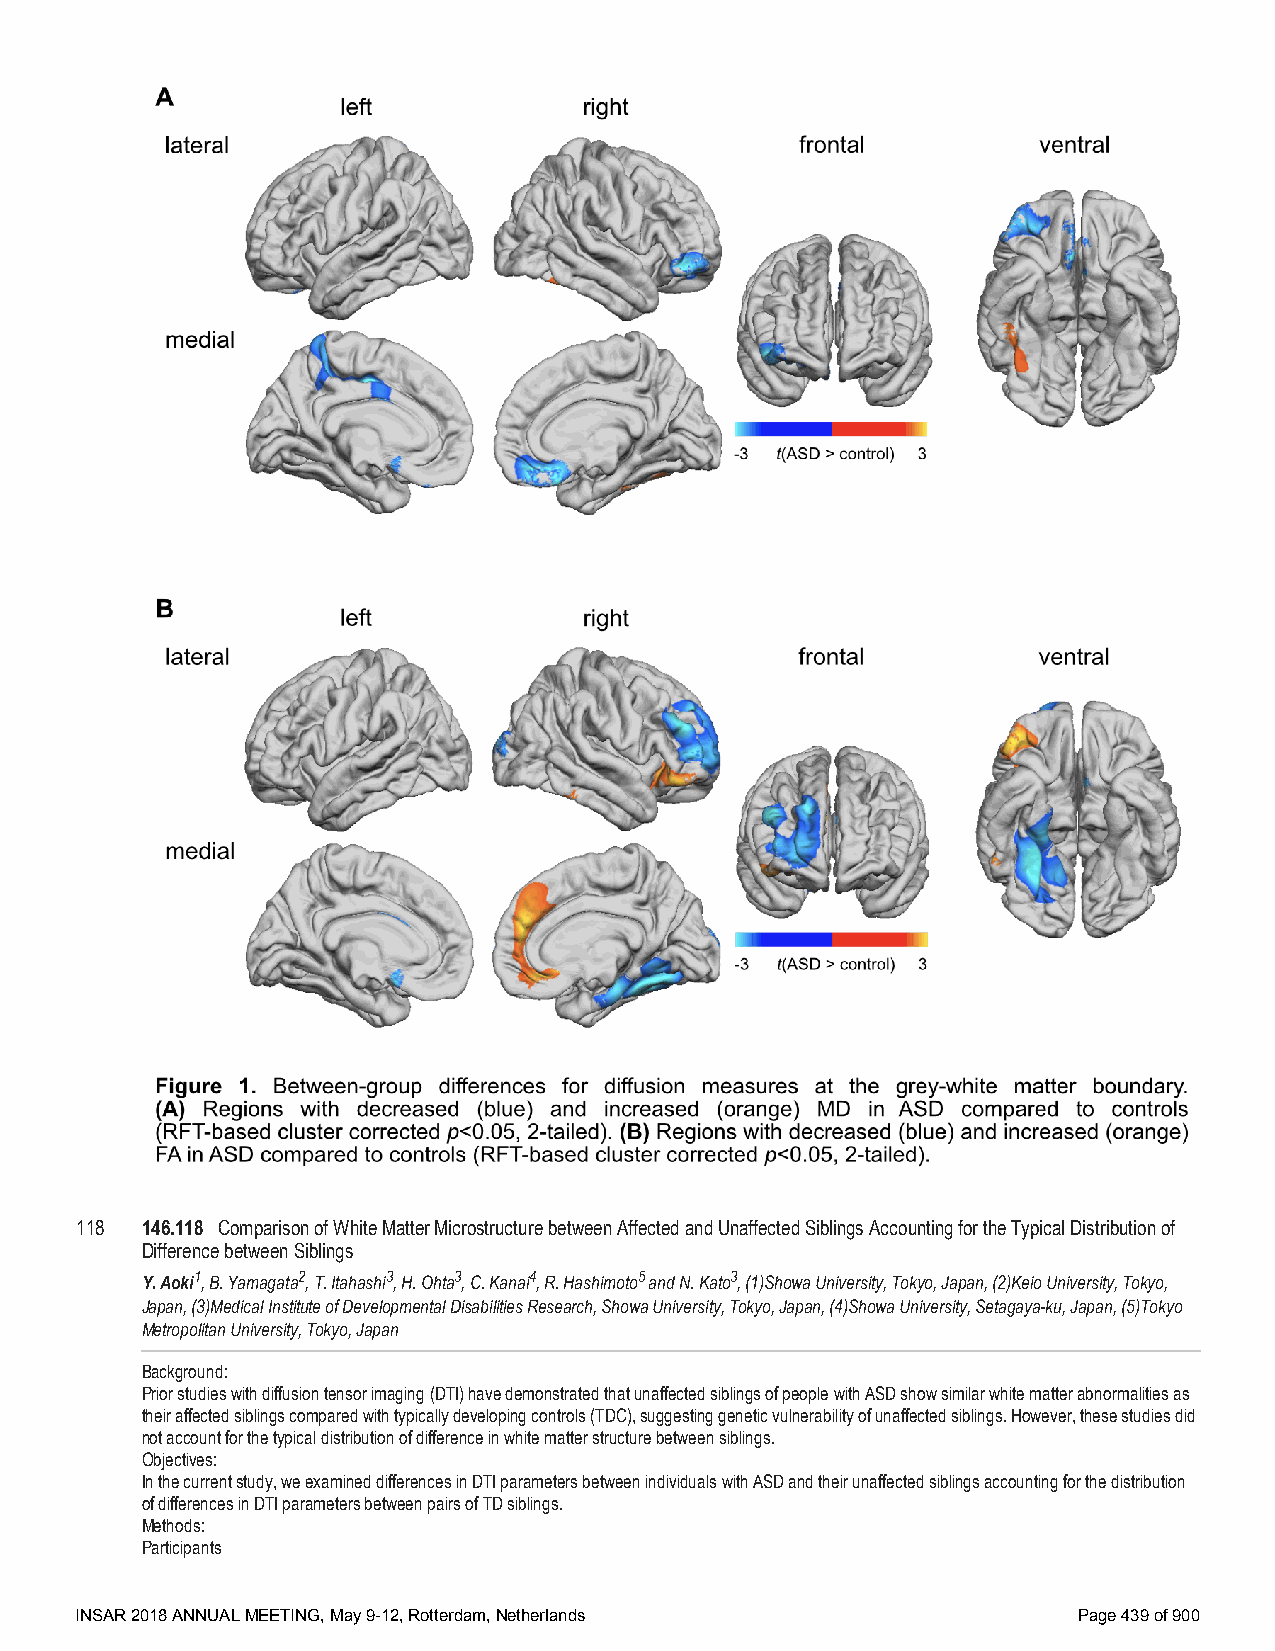
118 146.118 Comparison of White Matter Microstructure between Affected and Unaffected Siblings Accounting for the Typical Distribution of
 Difference between Siblings
 Y. Aoki1, B. Yamagata2, T. Itahashi3, H. Ohta3, C. Kanai4, R. Hashimoto5 and N. Kato3, (1)Showa University, Tokyo, Japan, (2)Keio University, Tokyo,
 Japan, (3)Medical Institute of Developmental Disabilities Research, Showa University, Tokyo, Japan, (4)Showa University, Setagaya-ku, Japan, (5)Tokyo
 Metropolitan University, Tokyo, Japan
 Background:
 Prior studies with diffusion tensor imaging (DTI) have demonstrated that unaffected siblings of people with ASD show similar white matter abnormalities as
 their affected siblings compared with typically developing controls (TDC), suggesting genetic vulnerability of unaffected siblings. However, these studies did
 not account for the typical distribution of difference in white matter structure between siblings.
 Objectives:
 In the current study, we examined differences in DTI parameters between individuals with ASD and their unaffected siblings accounting for the distribution
 of differences in DTI parameters between pairs of TD siblings.
 Methods:
 Participants
 INSAR 2018 ANNUAL MEETING, May 9-12, Rotterdam, Netherlands       Page 439 of 900